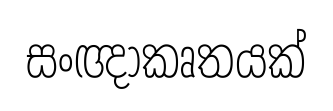
සංඥාකෘතයක්